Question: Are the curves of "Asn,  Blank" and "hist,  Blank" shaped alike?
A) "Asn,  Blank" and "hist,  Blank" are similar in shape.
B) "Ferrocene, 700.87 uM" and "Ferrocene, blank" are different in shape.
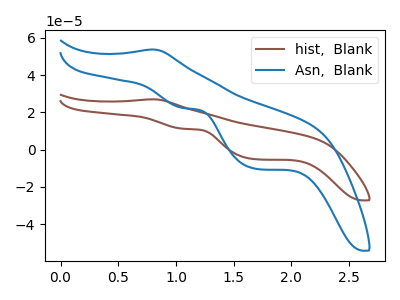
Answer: <think>The brown curve "hist,  Blank" has an anodic peak at (0.80V, 27.00uA) and cathodic peaks at (1.05V, 11.20uA) (1.70V, -5.15uA). The blue curve "Asn,  Blank" has an anodic peak at (0.80V, 53.75uA) and cathodic peaks at (1.05V, 22.30uA) (1.70V, -10.30uA).
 All the peaks in "Asn,  Blank" have a peak in "hist,  Blank" at the same potential.</think>
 <answer>A) "Asn,  Blank" and "hist,  Blank" are similar in shape.</answer>
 <eval>A</eval>